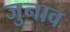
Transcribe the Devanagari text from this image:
जुनाव